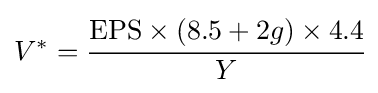
V^{*}={\cfrac {\mathrm {EPS} \times (8.5+2g)\times 4.4}{Y}}